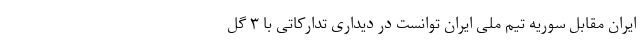
ایران مقابل سوریه تیم ملی ایران توانست در دیداری تدارکاتی با ۳ گل